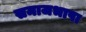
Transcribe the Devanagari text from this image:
समाजभाषा